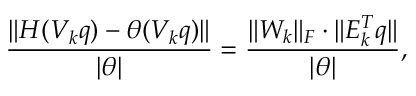
\frac { \| H ( V _ { k } q ) - \theta ( V _ { k } q ) \| } { | \theta | } = \frac { \| W _ { k } \| _ { F } \cdot \| E _ { k } ^ { T } q \| } { | \theta | } ,